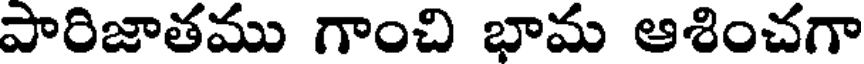
పారిజాతము గాంచి భామ ఆశించగా